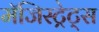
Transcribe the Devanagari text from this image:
मॅजिस्ट्रेट्स